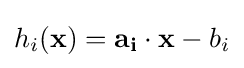
h_{i}(\mathbf {x} )=\mathbf {a_{i}} \cdot \mathbf {x} -b_{i}